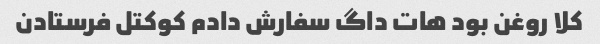
کلا روغن بود هات داگ سفارش دادم کوکتل فرستادن